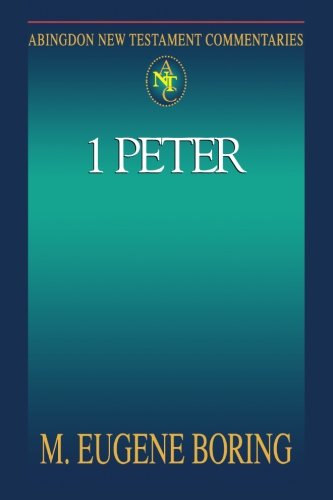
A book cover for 1 Peter (Abingdon New Testament Commentaries); M. Eugene Boring; Religion & Spirituality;